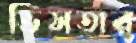
ভিসতার